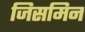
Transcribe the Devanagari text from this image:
जिसमिन